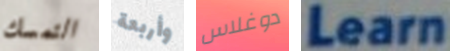
التمسك وأربعة دوغلاس Learn